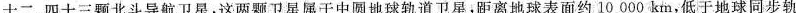
十二、四十三颗北斗导航卫星，这两颗卫星属于中圆地球轨